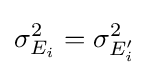
\sigma _{E_{i}}^{2}=\sigma _{E'_{i}}^{2}